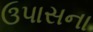
ઉપાસના